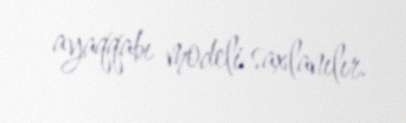
ayaqqabı modeli saxlanılır.